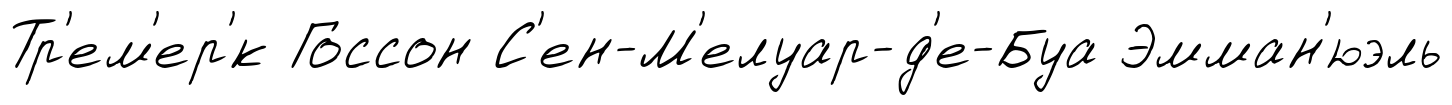
Тр'ем'ер'́к Госсон С'ен-М'елуар-д'е-Буа Эмман'юэль